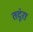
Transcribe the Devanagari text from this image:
तदुंरा